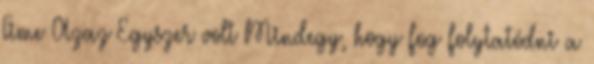
Time Azaz Egyszer volt Mindegy, hogy fog folytatódni a